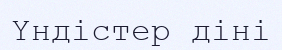
Үндістер діні